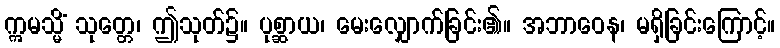
ဣမသ္မိံ သုတ္တေ၊ ဤသုတ်၌။ ပုစ္ဆာယ၊ မေးလျှောက်ခြင်း၏။ အဘာဝေန၊ မရှိခြင်းကြောင့်။